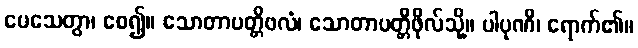
ပေသေတွာ၊ စေ၍။ သောတာပတ္တိဖလံ၊ သောတာပတ္တိဖိုလ်သို့။ ပါပုဏိ၊ ရောက်၏။